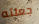
جعلته